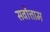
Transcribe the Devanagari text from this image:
सर्वोत्ताम